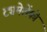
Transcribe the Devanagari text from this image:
ट्यमेशेंको